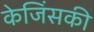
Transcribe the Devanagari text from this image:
केजिंसकी